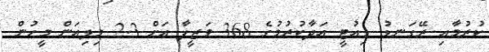
ކުރުމާއި ރޭގަނޑު ޑިއުޓީ އަދާކުރުމުގެ 368 ވަޒީފާ އަށް 2.3 މިލިއަން މީހުން